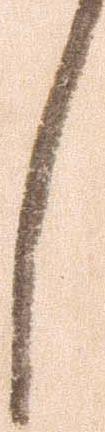
し